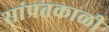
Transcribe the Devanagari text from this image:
सांप्रतकाळी